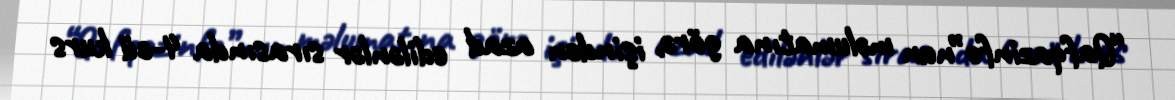
“Qafqazinfo”nun məlumatına görə, işindən azad edilənlər sırasında 4-cü kurs